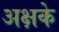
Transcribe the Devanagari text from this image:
अक्षके